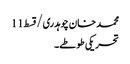
محمد خان چوہدری/قسط11
تحریکی طوطے۔